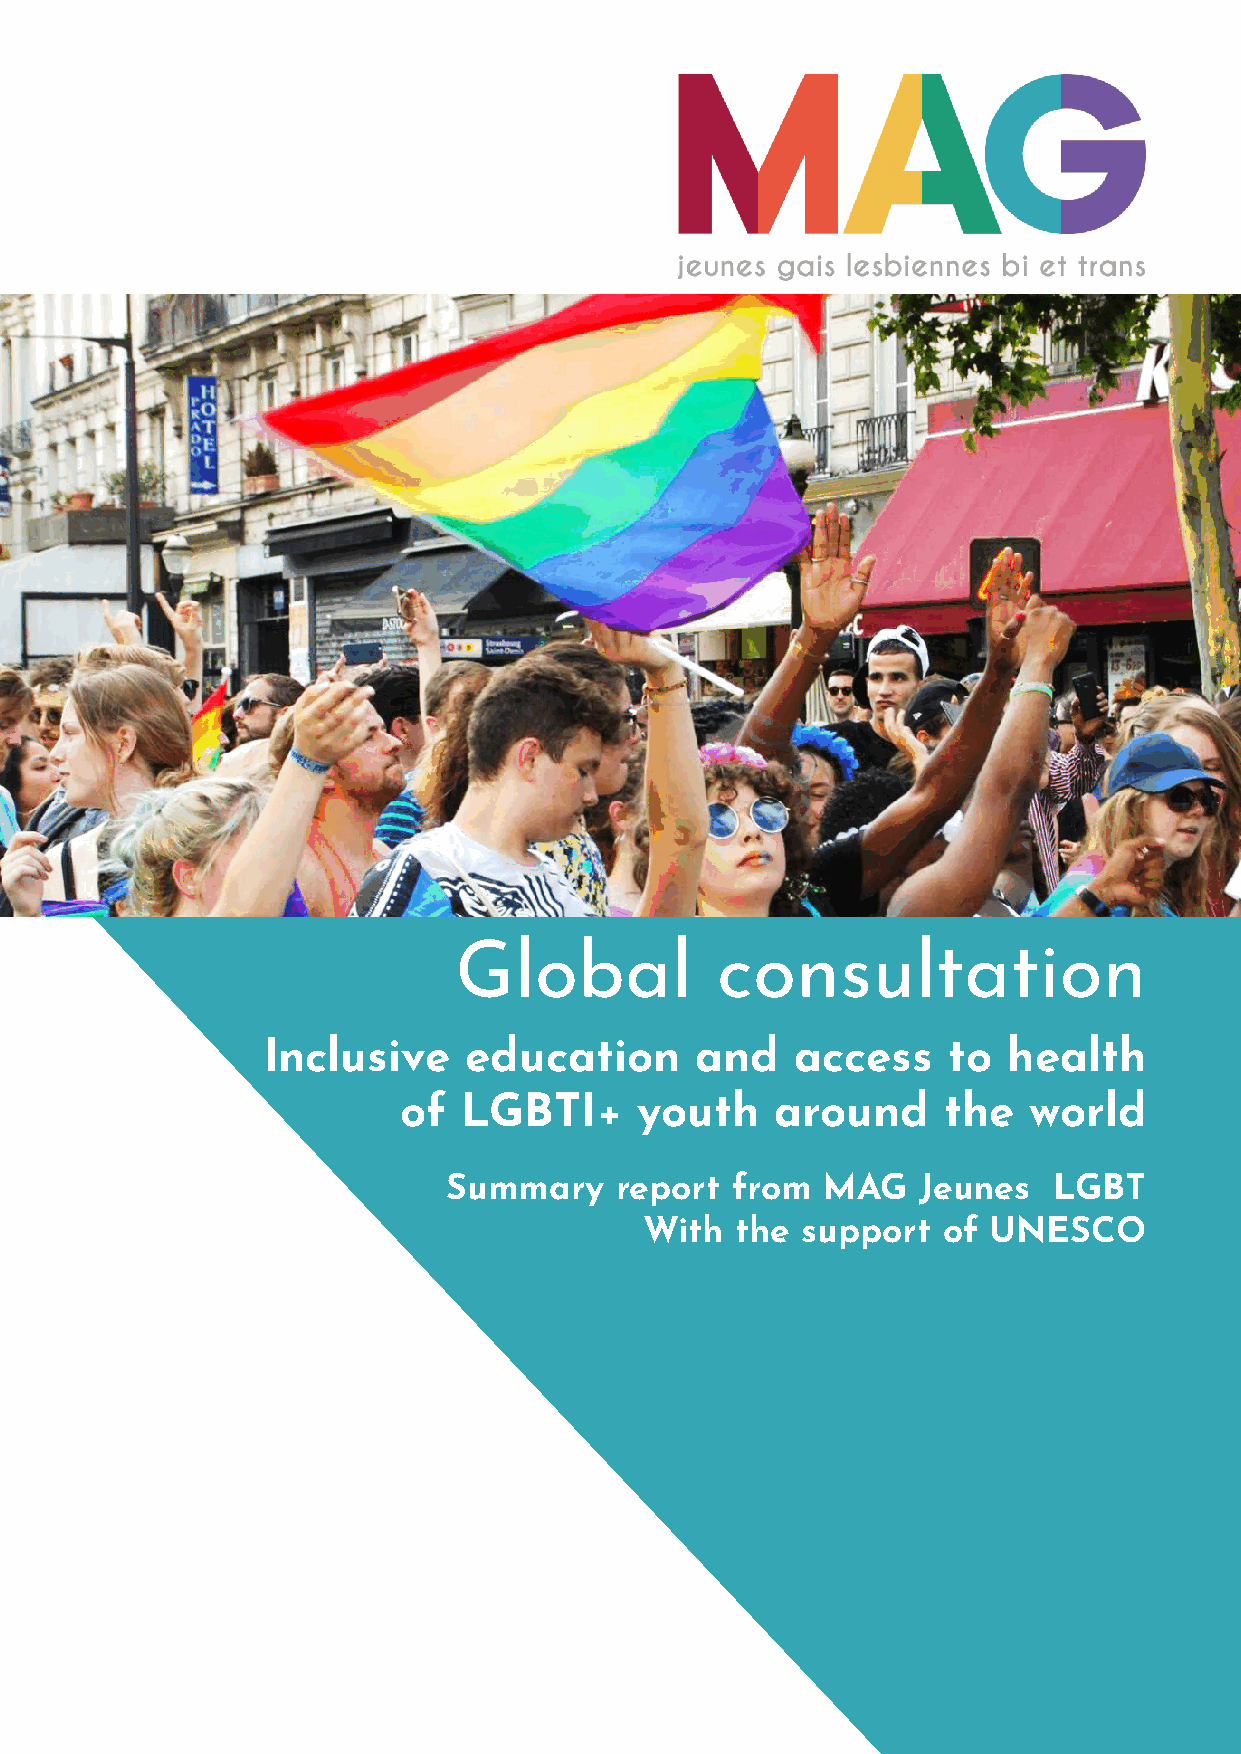
Global           consultation
 Inclusive     education      and    access    to  health
 of   LGBTI+     youth    around     the   world
 Summary    report from   MAG   Jeunes   LGBT
 With  the support  of  UNESCO